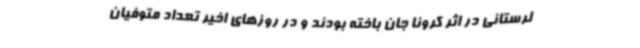
لرستانی در اثر کرونا جان باخته بودند و در روزهای اخیر تعداد متوفیان